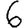
Digit: 6